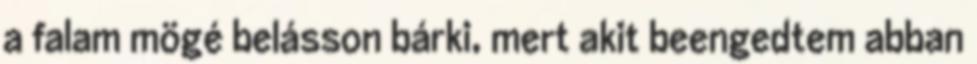
a falam mögé belásson bárki, mert akit beengedtem abban